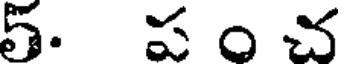
5. ప ం చ